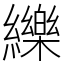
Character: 纅